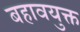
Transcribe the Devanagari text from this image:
बहावयुक्त